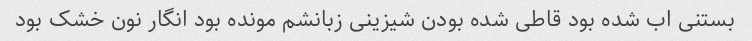
بستنی اب شده بود قاطی شده بودن شیزینی زبانشم مونده بود انگار نون خشک بود